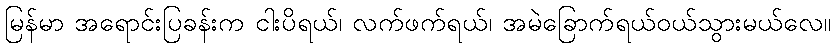
မြန်မာ အရောင်းပြခန်းက ငါးပိရယ်၊ လက်ဖက်ရယ်၊ အမဲခြောက်ရယ်ဝယ်သွားမယ်လေ။